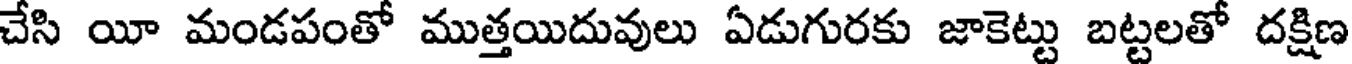
చేసి యీ మండపంతో ముత్తయిదువులు ఏడుగురకు జాకెట్టు బట్టలతో దక్షిణ